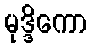
မုဒ္ဒိကော